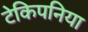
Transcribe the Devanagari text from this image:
टेकिपनिया